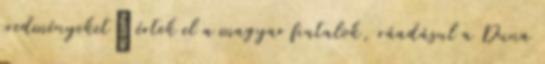
eredményeket” értek el a magyar fiatalok, ráadásul a Duna